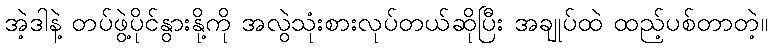
အဲ့ဒါနဲ့ တပ်ဖွဲ့ပိုင်နွားနို့ကို အလွဲသုံးစားလုပ်တယ်ဆိုပြီး အချုပ်ထဲ ထည့်ပစ်တာတဲ့။